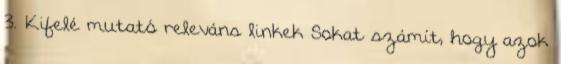
3. Kifelé mutató releváns linkek Sokat számít, hogy azok